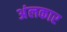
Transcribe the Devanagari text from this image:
अंलकार